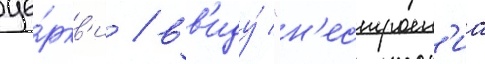
це́ркв'и / вв'иду́ "н'естроен'иа